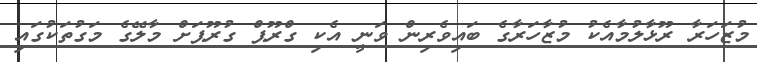
މުޒަހަރާ ރޫޅާލުމާއެކު މުޒާހަރާގެ ބައިވެރިން ވަނީ އެކި ގްރޫޕް ގުރޫޕަށް މާލޭގެ މަގުތަކުގައި